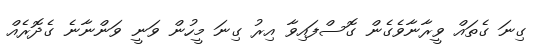
ގިނަ ގެތައް ވީރާނާވެގެން ގޮސްފައިވާ އިރު ގިނަ މީހުން ވަނީ ވަންނާނެ ގެދޮރެއް